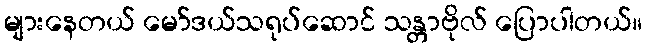
များနေတယ် မော်ဒယ်သရုပ်ဆောင် သန္တာဗိုလ် ပြောပါတယ်။